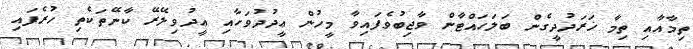
ތިމާއާއި ތިމާ ޚަރަދުދީގެން ބަލަހައްޓާން ވާޖިބުވެފައިވާ މީހުން ޢީދުދުވަހާއި ޢީދުވިލޭރޭ ކާނޭތަކެތި ހުރެފައި